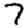
Digit: 7